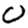
Digit: 0